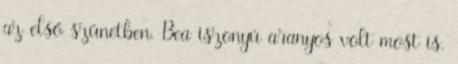
az első szünetben. Bea iszonyú aranyos volt most is.